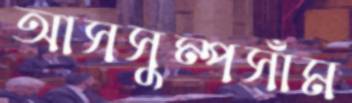
আসসুম্পসাঁম